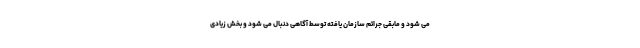
می شود و مابقی جرائم سازمان یافته توسط آگاهی دنبال می شود و بخش زیادی